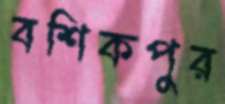
বশিকপুর